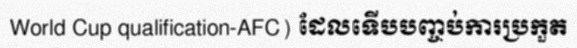
World Cup qualification-AFC) ដែលទើបបញ្ចប់ការប្រកួត